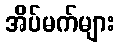
အိပ်မက်များ